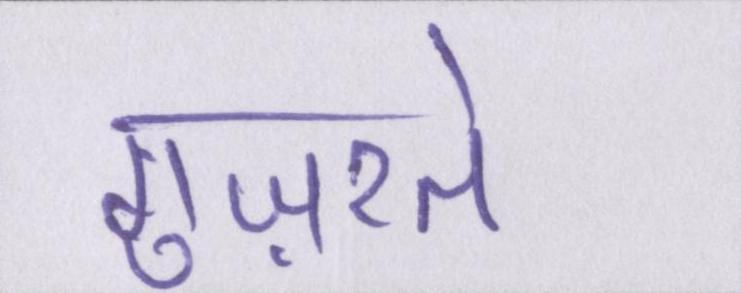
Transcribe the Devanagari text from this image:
गुज़रते